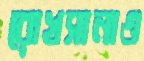
রোখসানাও